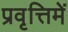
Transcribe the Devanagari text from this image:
प्रवृत्तिमें